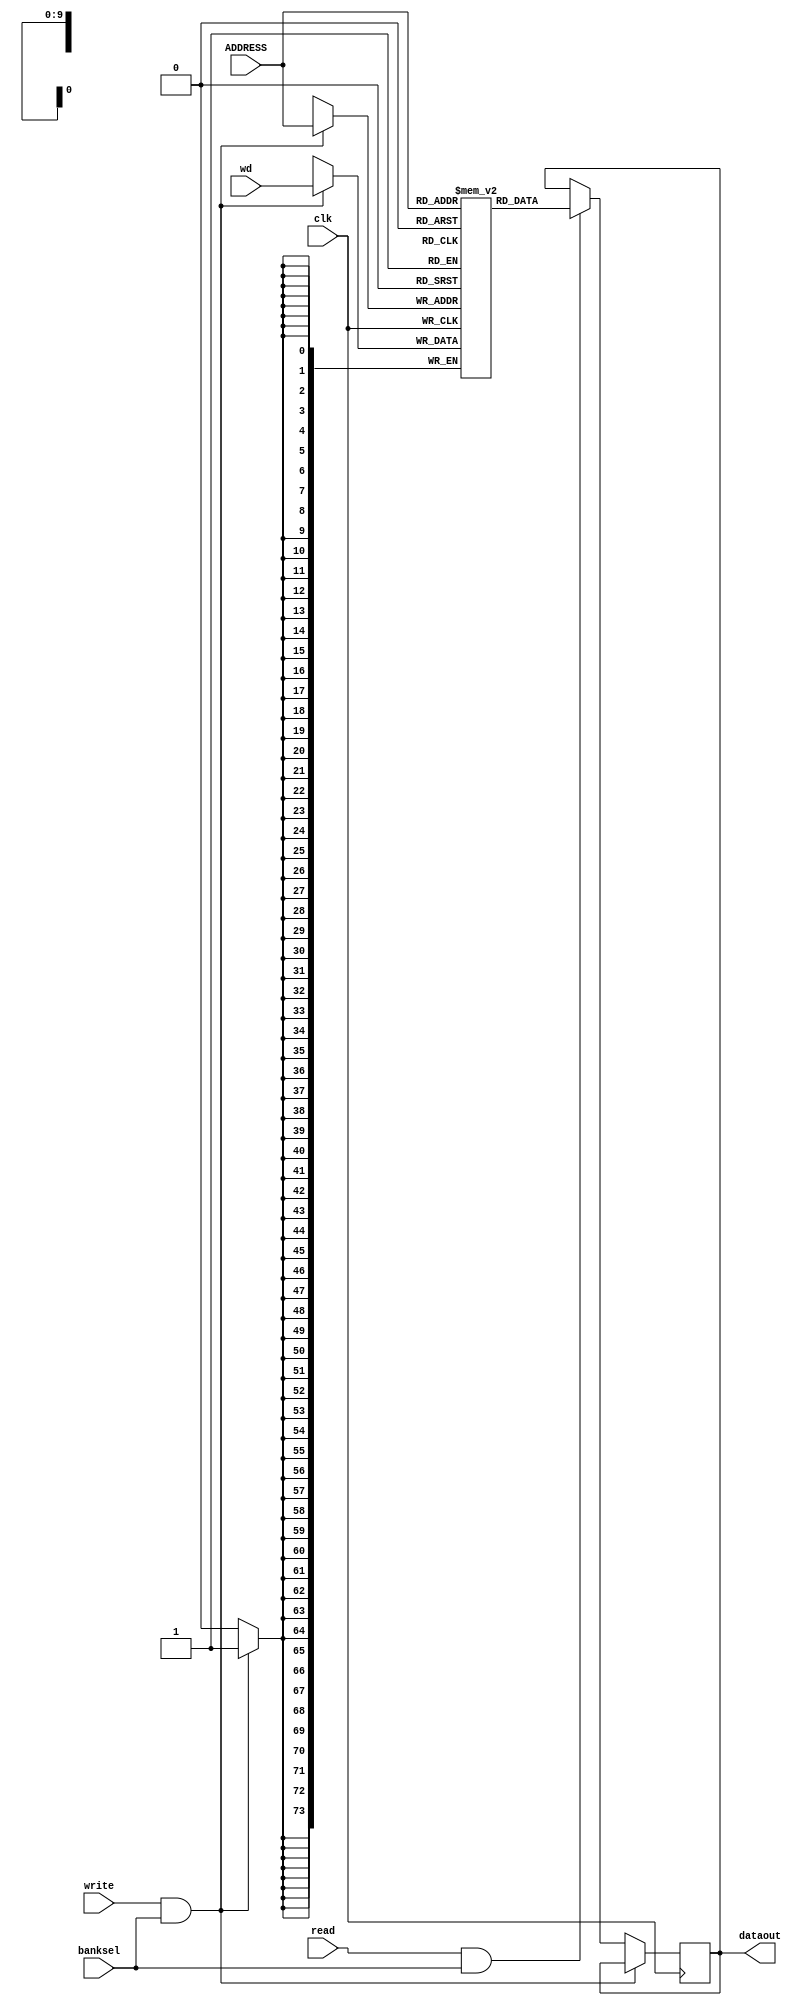
// synchronous SRAM verilog

module srambank_256x4x74_6t122 (
			    input clk
			  , input [9:0] ADDRESS          // address
			  , input [73:0] wd                // data to write
		       	  , input banksel                    // access enable
			  , input read                       // read enable
			  , input write                      // write enable
			  , output reg [73:0] dataout      // latched data output (only updated on read)
			    );

   reg [73:0] 				      mem [1023:0];

   always @ (posedge(clk))
     begin                            // should have an error assert on read & write at once...
	if (write & banksel)
	  mem[ADDRESS] <= wd;
	else if (read & banksel)
	  dataout <= mem[ADDRESS];    // output is latched until next read, independent of writes
     end
endmodule //